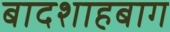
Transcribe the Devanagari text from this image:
बादशाहबाग